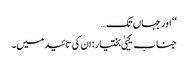
‘‘ اور جہاں تک…
جناب یحییٰ بختیار: ان کی تائید میں۔